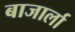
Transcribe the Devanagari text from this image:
बाजार्ला